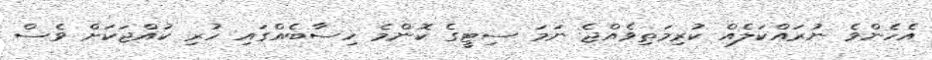
އެހެންވެ ނުރައްކަލެއް ކުރިމަތިވެއްޖެ ނަމަ ސިޓީގެ ކޮންމެ ހިސާބެއްގައި ހުރި ކުއްޖަކަށް ވެސް